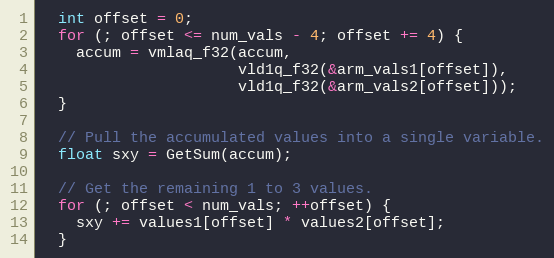
Language: C++
  int offset = 0;
  for (; offset <= num_vals - 4; offset += 4) {
    accum = vmlaq_f32(accum,
                      vld1q_f32(&arm_vals1[offset]),
                      vld1q_f32(&arm_vals2[offset]));
  }

  // Pull the accumulated values into a single variable.
  float sxy = GetSum(accum);

  // Get the remaining 1 to 3 values.
  for (; offset < num_vals; ++offset) {
    sxy += values1[offset] * values2[offset];
  }